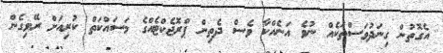
އެގޮތުން ގިނަދުވަސްތަކެއް ނުވެ އަނެއްކާ ވެސް ދެތިން ޕްރޮޖެކްޓެއްގެ މަސައްކަތް ކުރިއަށް ރޭވިގެން